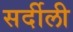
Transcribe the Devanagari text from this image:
सर्दीली